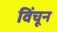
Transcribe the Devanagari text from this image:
विंचून